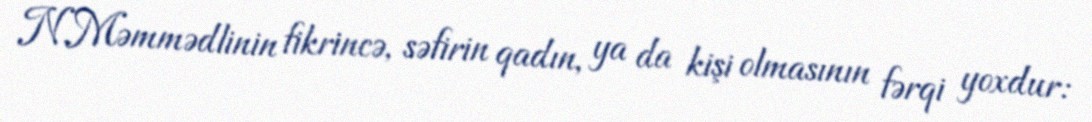
N.Məmmədlinin fikrincə, səfirin qadın, ya da kişi olmasının fərqi yoxdur: